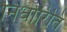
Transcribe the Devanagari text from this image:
निर्धारिति